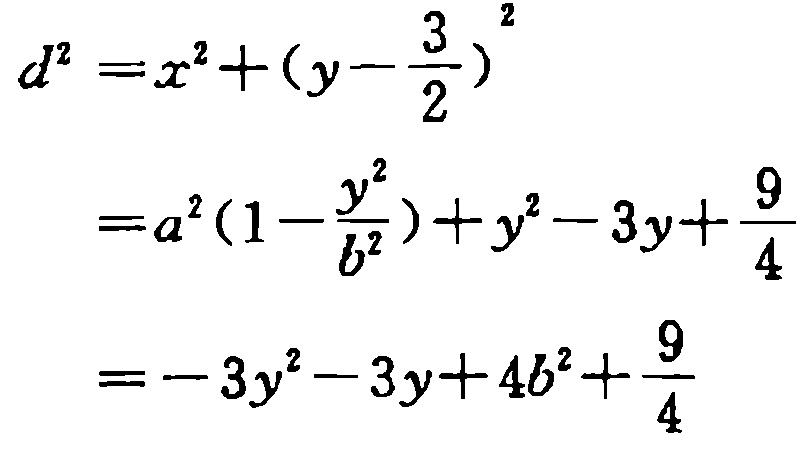
\[
\begin{align*}
d^{2}&=x^{2}+(y - \frac{3}{2})^{2}\\
&=a^{2}(1-\frac{y^{2}}{b^{2}})+y^{2}-3y+\frac{9}{4}\\
&=-3y^{2}-3y + 4b^{2}+\frac{9}{4}
\end{align*}
\]